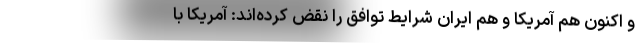
و اکنون هم آمریکا و هم ایران شرایط توافق را نقض کرده‌اند: آمریکا با